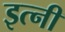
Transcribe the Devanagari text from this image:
इत्नी